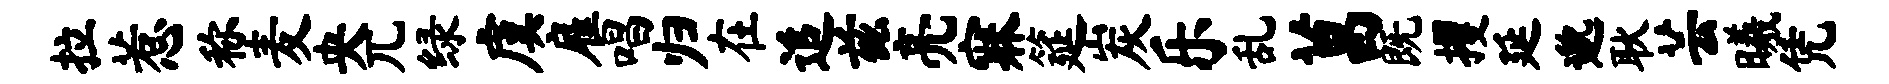
拉惹称麦央兀绿虞雇唱归在追兹亮寐筵炭乐乱菖既攫延邈耿芸曦凭